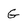
Character: G